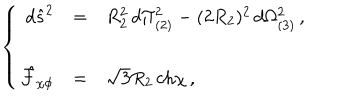
\left\{ \begin{array} { r c l } { { d \hat { s } ^ { 2 } } } & { { = } } & { { R _ { 2 } ^ { 2 } \, d \Pi _ { ( 2 ) } ^ { 2 } - ( 2 R _ { 2 } ) ^ { 2 } \, d \Omega _ { ( 3 ) } ^ { 2 } \, , } } \\ { { } } & { { } } & { { } } \\ { { \hat { \mathcal { F } } _ { \chi \phi } } } & { { = } } & { { \sqrt { 3 } R _ { 2 } \, \mathrm { c h } \chi \, , } } \\ \end{array} \right.